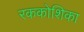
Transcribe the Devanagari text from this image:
रककोशिका